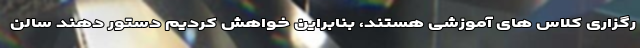
رگزاری کلاس های آموزشی هستند، بنابراین خواهش کردیم دستور دهند سالن